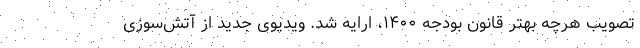
تصویب هرچه بهتر قانون بودجه ۱۴۰۰، ارایه شد. ویدیوی جدید از آتش‌سوزی